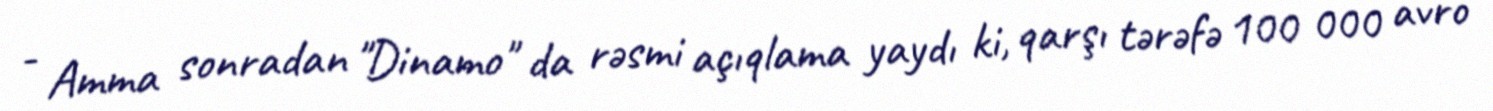
- Amma sonradan "Dinamo" da rəsmi açıqlama yaydı ki, qarşı tərəfə 100 000 avro